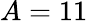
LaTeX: A=11